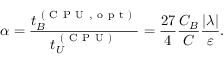
\alpha = \frac { t _ { B } ^ { \mathrm { ~ ( ~ C ~ P ~ U ~ , ~ o ~ p ~ t ~ ) ~ } } } { t _ { U } ^ { \mathrm { ~ ( ~ C ~ P ~ U ~ ) ~ } } } = \frac { 2 7 } { 4 } \frac { C _ { B } } { C } \frac { | \lambda | } { \varepsilon } .